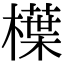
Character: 𣜿